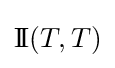
\mathrm {I\!I} (T,T)